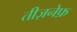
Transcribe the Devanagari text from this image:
तीज़नेफ़